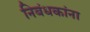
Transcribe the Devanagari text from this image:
निबंधकांना